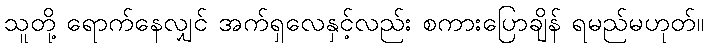
သူတို့ ရောက်နေလျှင် အက်ရှလေနှင့်လည်း စကားပြောချိန် ရမည်မဟုတ်။